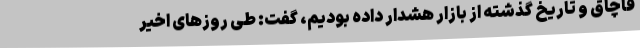
قاچاق و تاریخ گذشته از بازار هشدار داده بودیم، گفت: طی روزهای اخیر